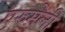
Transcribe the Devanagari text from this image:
एरुमेली